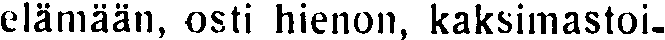
elämään, osti hienon, kaksimastoi-